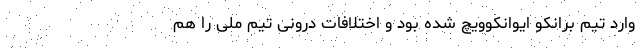
وارد تیم برانکو ایوانکوویچ شده بود و اختلافات درونی تیم ملی را هم